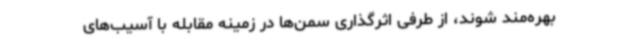
بهره‌مند شوند، از طرفی اثرگذاری سمن‌ها در زمینه مقابله با آسیب‌های